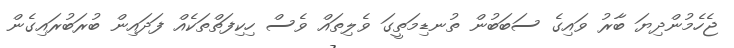
ޖެހެމުންދިޔަ ބާރު ވައިގެ ސަބަބުން ތުނޑިމަތީގަ ވެލިތައް ވެސް ހިކިފަތްތަކެއް ފަދައިން ބުރަބުރައިގެން